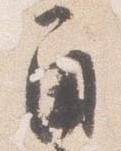
角